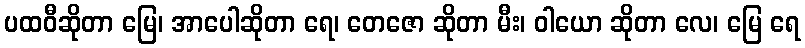
ပထဝီဆိုတာ မြေ၊ အာပေါဆိုတာ ရေ၊ တေဇော ဆိုတာ မီး၊ ဝါယော ဆိုတာ လေ၊ မြေ ရေ